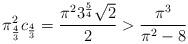
LaTeX: \begin{align*} \pi_{\frac43}^2 c_{\frac43}=\frac{\pi^2 3^{\frac54}\sqrt{2}}{2}>\frac{\pi^3}{\pi^2-8}\end{align*}